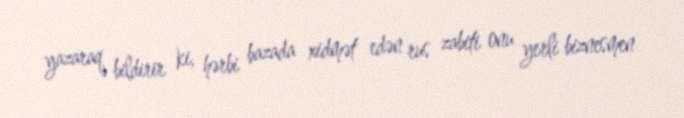
yazaraq bildirir ki, hərbi bazada xidmət edən rus zabiti onu yerli biznesmen